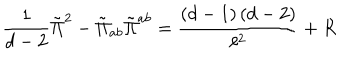
LaTeX: \frac { 1 } { d - 2 } \tilde { \Pi } ^ { 2 } - \tilde { \Pi } _ { a b } \tilde { \Pi } ^ { a b } = \frac { \left( d - 1 \right) \left( d - 2 \right) } { \ell ^ { 2 } } + R